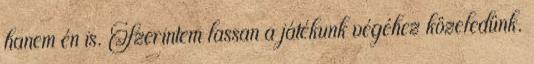
hanem én is. Szerintem lassan a játékunk végéhez közeledünk.